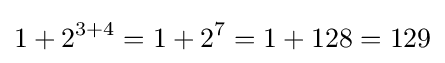
1+2^{3+4}=1+2^{7}=1+128=129